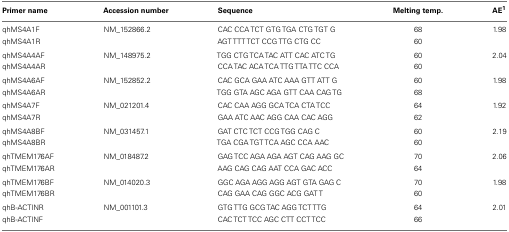
| Primer name | Accession number | Sequence | Melting temp. | AE1 |
 | --- | --- | --- | --- | --- |
 | qhMS4A1F | NM_152866.2 | CAC CCA TCT GTG TGA CTG TGT G | 68 | 1.98 |
 | qhMS4A1R |  | AGT TTT TCT CCG TTG CTG CC | 60 |  |
 | qhMS4A4AF | NM_148975.2 | TGG CTG TCA TAC ATT CAC ATC TG | 60 | 2.04 |
 | qhMS4A4AR |  | CCA TAC ACA TCA TTG TTA TTC CCA | 60 |  |
 | qhMS4A6AF | NM_152852.2 | CAC GCA GAA ATC AAA GTT ATT G | 60 | 1.98 |
 | qhMS4A6AR |  | TGG GTA AGC AGA GTT CAA CAG TG | 68 |  |
 | qhMS4A7F | NM_021201.4 | CAC CAA AGG GCA TCA CTA TCC | 64 | 1.92 |
 | qhMS4A7R |  | GAA ATC AAC AGG CAA CAC AGG | 62 |  |
 | qhMS4A8BF | NM_031457.1 | GAT CTC TCT CCG TGG CAG C | 60 | 2.19 |
 | qhMS4A8BR |  | TGA CGA TGT TCA AGC CCA AAC | 60 |  |
 | qhTMEM176AF | NM_018487.2 | GAG TCC AGA AGA AGT CAG AAG GC | 70 | 2.06 |
 | qhTMEM176AR |  | AAG CAG CAG AAT CCA GAC ACC | 64 |  |
 | qhTMEM176BF | NM_014020.3 | GGC AGA AGG AGG AGT GTA GAG C | 70 | 1.98 |
 | qhTMEM176BR |  | CAG GAA CAG GGC ACG GAT T | 60 |  |
 | qhB-ACTINR | NM_001101.3 | GTG TTG GCG TAC AGG TCT TTG | 64 | 2.01 |
 | qhB-ACTINF |  | CAC TCT TCC AGC CTT CCT TCC | 66 |  |